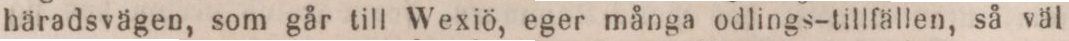
häradsvägen, som går till Wexiö, eger många odlings-tillfällen, så väl